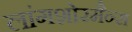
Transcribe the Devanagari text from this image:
लांगशोरमैन्स